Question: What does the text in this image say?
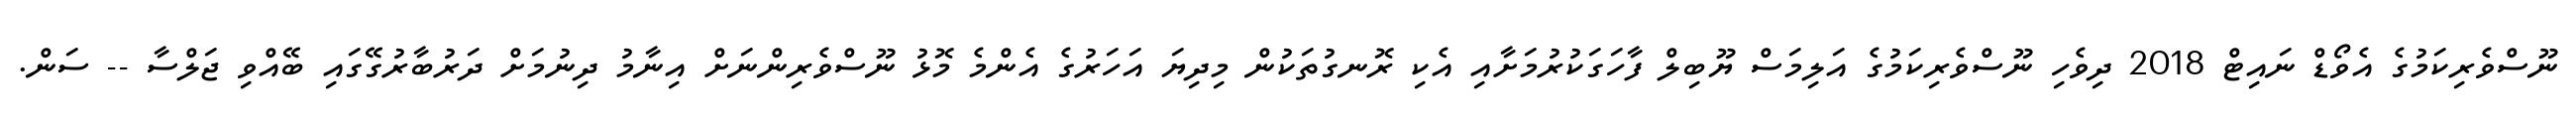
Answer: ނޫސްވެރިކަމުގެ އެވޯޑް ނައިޓް 2018 ދިވެހި ނޫސްވެރިކަމުގެ އަލިމަސް ޔޫބިލް ފާހަގަކުރުމަށާއި އެކި ރޮނގުތަކުން މިދިޔަ އަހަރުގެ އެންމެ މޮޅު ނޫސްވެރިންނަށް އިނާމު ދިނުމަށް ދަރުބާރުގޭގައި ބޭއްވި ޖަލްސާ -- ސަން.